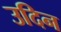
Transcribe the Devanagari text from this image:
उदिन